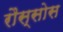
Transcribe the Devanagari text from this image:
रौस्सोस